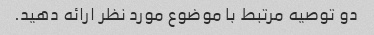
دو توصیه مرتبط با موضوع مورد نظر ارائه دهید.